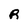
Character: R